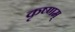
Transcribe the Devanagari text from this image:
कृष्णम्